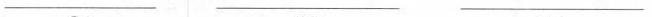
___ ___ ___